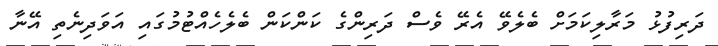
ދަރިފުޅު މަރާލިކަމަށް ބެލެވޭ އެރޭ ވެސް ދަރިންގެ ކަންކަން ބެލެހެއްޓުމުގައި އަވަދިނެތި އޭނާ